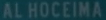
ALHOCEIMA